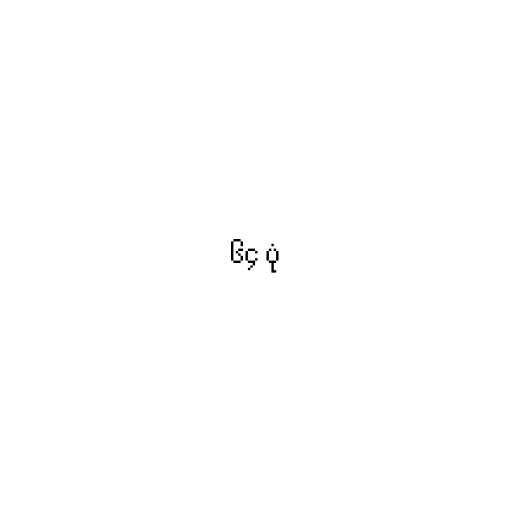
၆၄ ပုံ